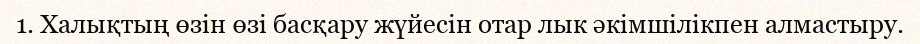
1. Халықтың өзін өзі басқару жүйесін отар лык әкімшілікпен алмастыру.